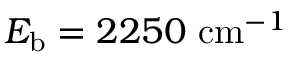
E _ { \mathrm { b } } = 2 2 5 0 \ \mathrm { c m } ^ { - 1 }